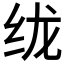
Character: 𱺕